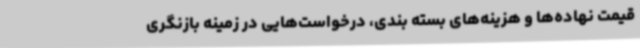
قیمت نهاده‌ها و هزینه‌های بسته بندی، درخواست‌هایی در زمینه بازنگری